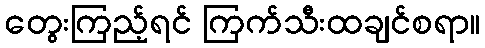
တွေးကြည့်ရင် ကြက်သီးထချင်စရာ။